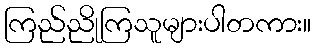
ကြည်ညိုကြသူများပါတကား။